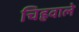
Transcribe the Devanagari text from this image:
चिह्रवाले